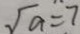
\sqrt { a } = 7